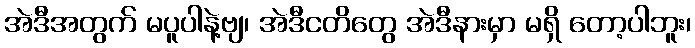
အဲဒီအတွက် မပူပါနဲ့ဗျ၊ အဲဒီငတိတွေ အဲဒီနားမှာ မရှိ တော့ပါဘူး၊